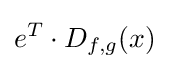
e^{T}\cdot D_{f,g}(x)